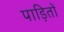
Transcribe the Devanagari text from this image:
पाड़ितों